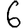
Digit: 6